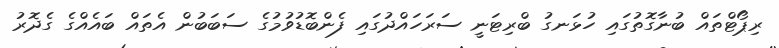
ރިޕޯޓްތައް ބުނާގޮތުގައި ހުޅަނގު ބްރިޓަނީ ސަރަހައްދުގައި ފެންބޮޑުވުމުގެ ސަބަބުން އެތައް ބައެއްގެ ގެދޮރު